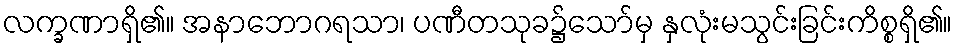
လက္ခဏာရှိ၏။ အနာဘောဂရသာ၊ ပဏီတသုခ၌သော်မှ နှလုံးမသွင်းခြင်းကိစ္စရှိ၏။